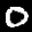
Label: 0